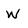
Character: W